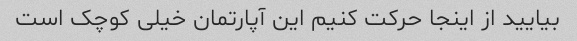
بیایید از اینجا حرکت کنیم این آپارتمان خیلی کوچک است